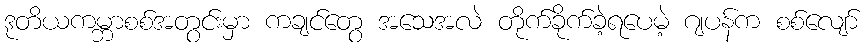
ဒုတိယကမ္ဘာစစ်အတွင်းမှာ ကချင်တွေ အသေအလဲ တိုက်ခိုက်ခဲ့ရပေမဲ့ ဂျပန်က စစ်လျော်